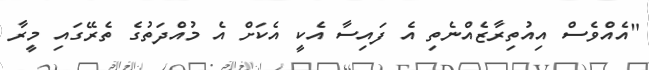
"އެއްވެސް އިއުތިރާޒެއްނެތި އެ ފައިސާ އެކީ އެކަށް އެ މުއްދަތުގެ ތެރޭގައި މީރާ